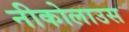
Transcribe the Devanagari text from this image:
नीकोलाउस